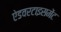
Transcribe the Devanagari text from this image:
ऐडवरटाइसमेंट